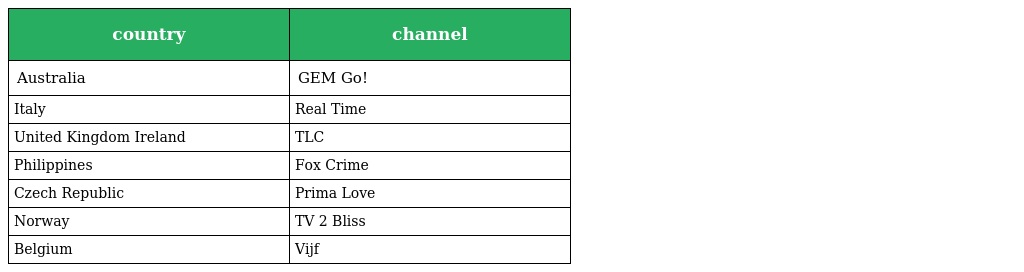
| country | channel |
 | --- | --- |
 | Australia | GEM Go! |
 | Italy | Real Time |
 | United Kingdom Ireland | TLC |
 | Philippines | Fox Crime |
 | Czech Republic | Prima Love |
 | Norway | TV 2 Bliss |
 | Belgium | Vijf |